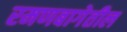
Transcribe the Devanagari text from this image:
रमणबागेतील